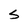
Character: S